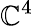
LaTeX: \mathbb{C}^{4}